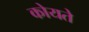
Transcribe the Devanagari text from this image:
कोयते